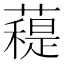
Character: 𧀖